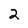
Character: 2